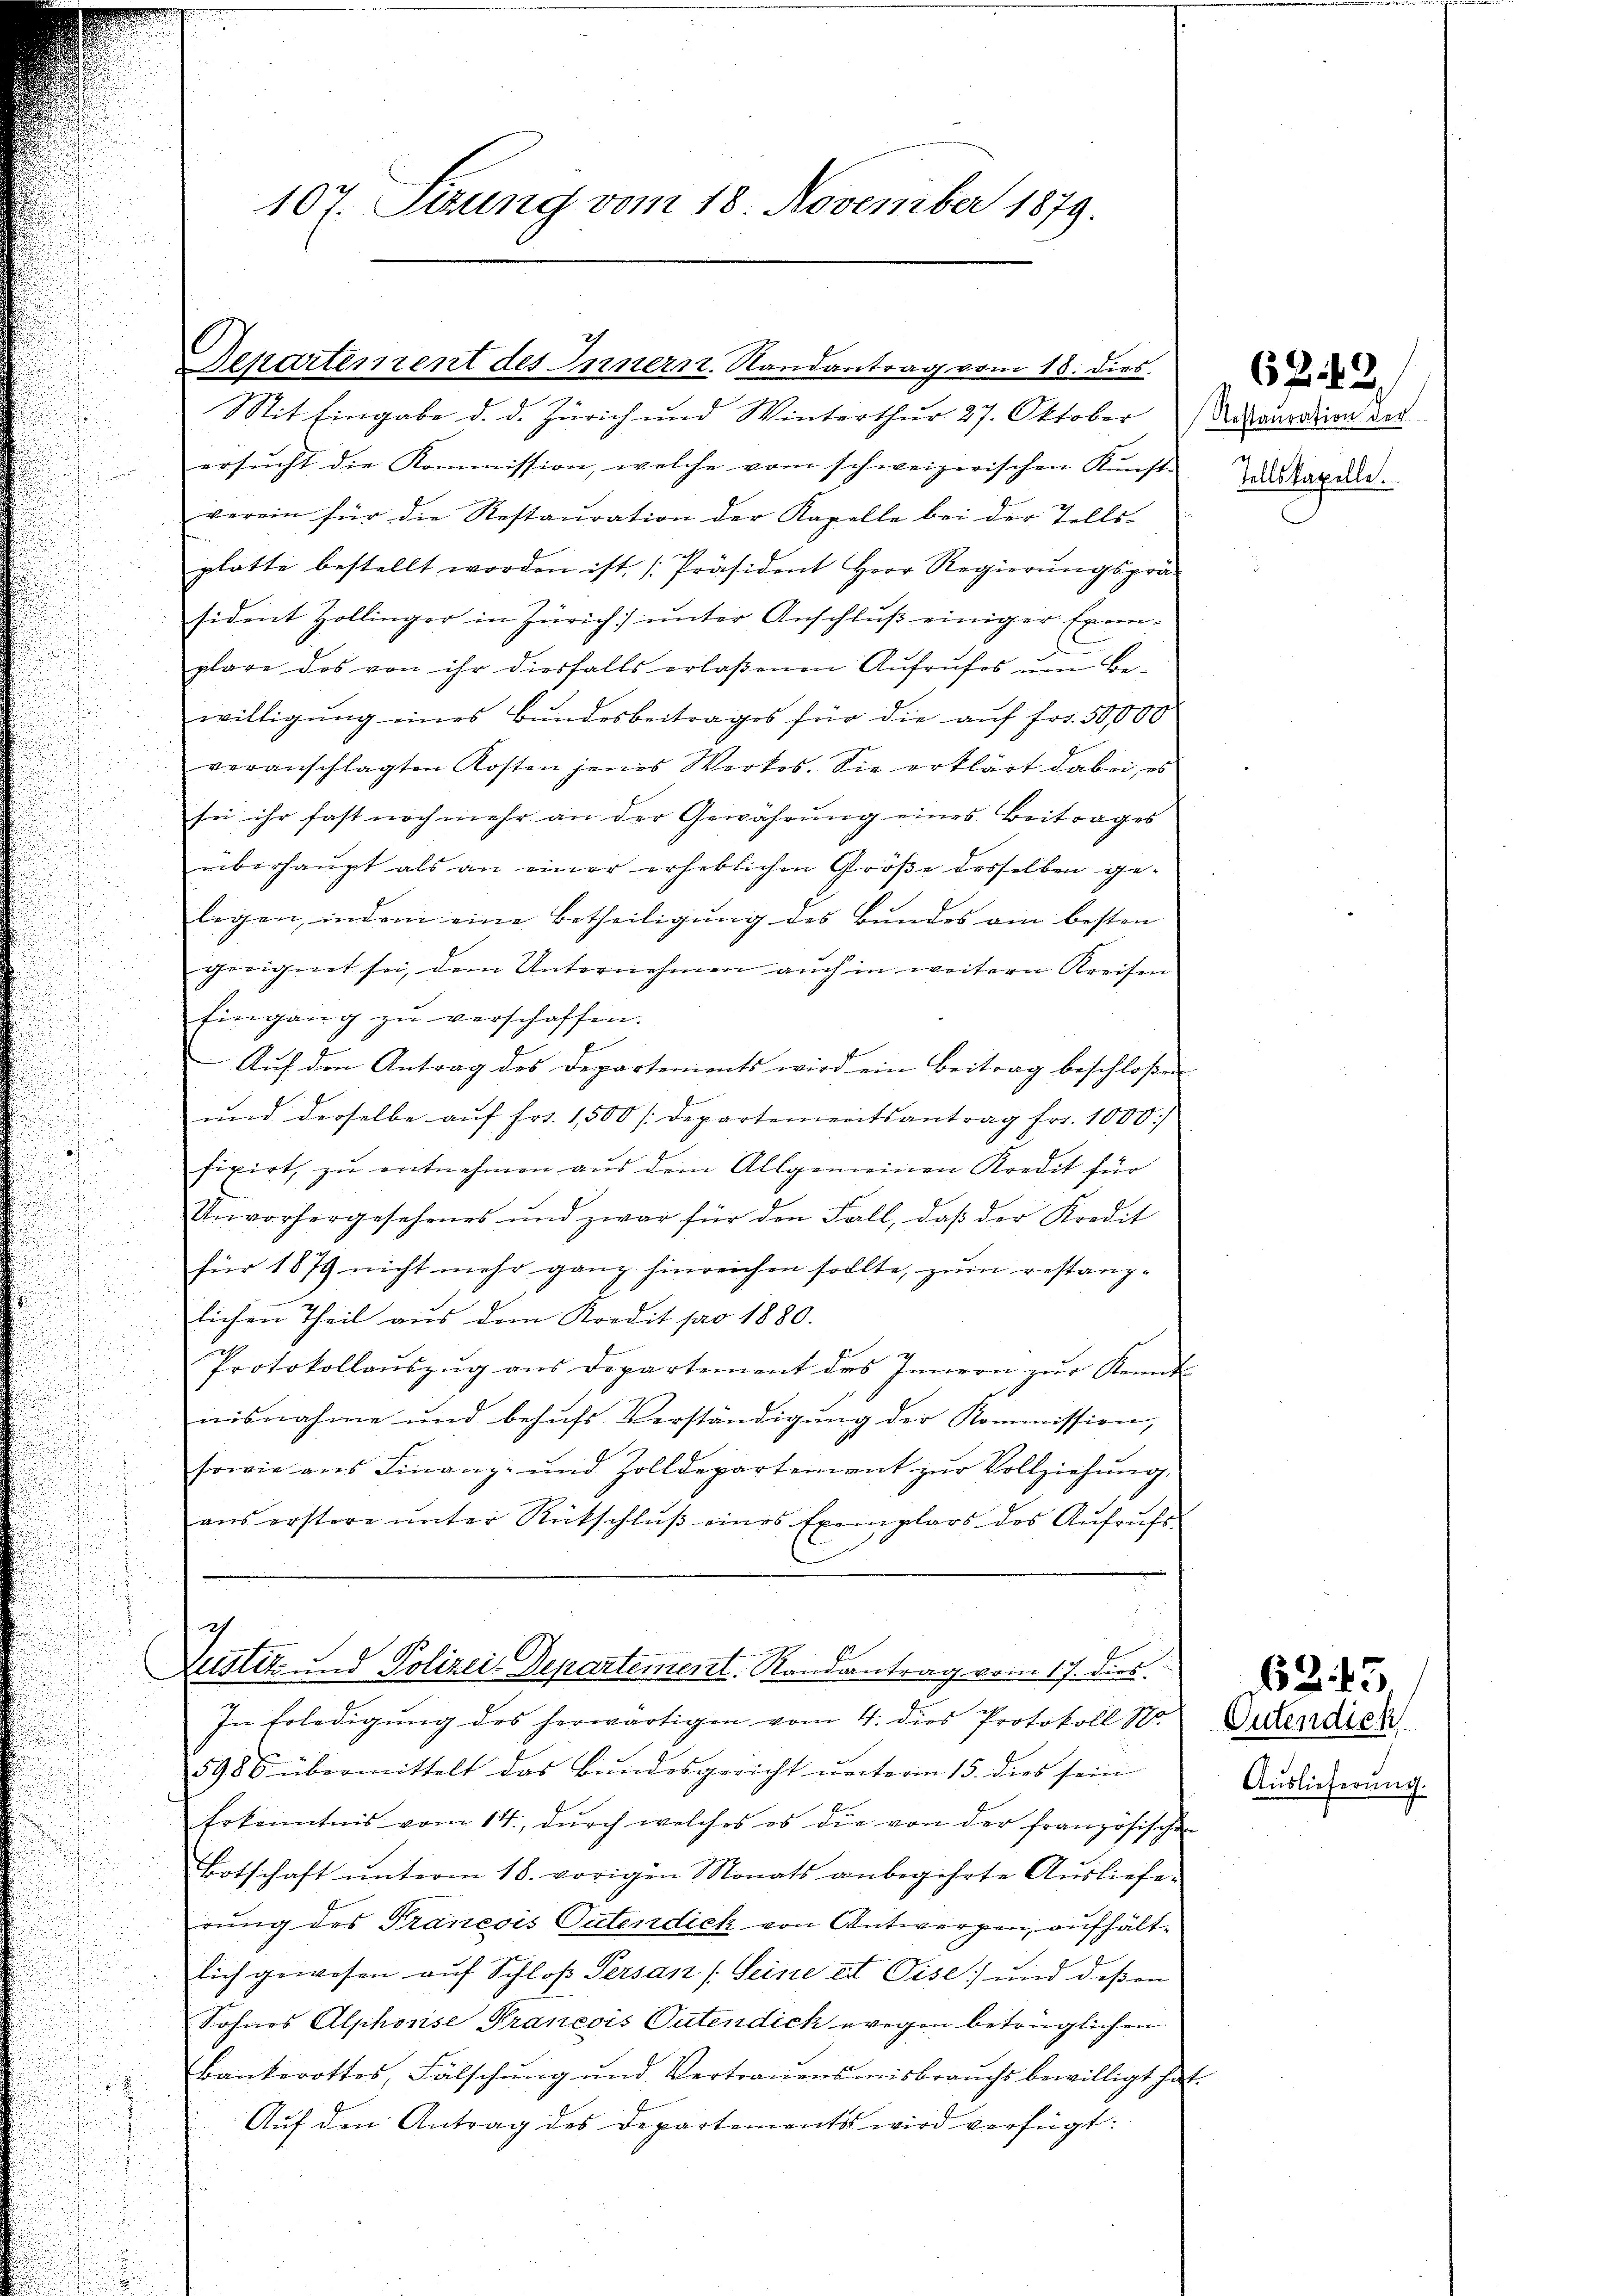
107. Sitzung vom 18. November 1879.

ersucht die Kommission, welche vom schweizerischen Kunst-
verein für die Restauration der Kapelle bei der Tells-
plätte bestellt worden ist [Präsident Herr Regierŭngsprä-
sident Zollinger in Zürich ŭnter Anschlŭβ einiger Exem-
plare des von ihr diesfalls erlaßenen Aufrufes um Be-
willigŭng eines Bundesbeitrages für die aŭf fr. 50,000
veranschlagten Kosten jenes Werkes. Sie erklärt dabei, es
sei ihr fast noch mehr an der Gewährung eines Beitrages
überhaupt als an einer erheblichen Größe desselben gelegen, indem eine Betheiligung des Bundes am besten
geeignet sei, dem Unternehmen auch in weitern Kreisen
Eingang zŭ verschaffen.
Aŭf den Antrag des Departements wird ein Beitrag beschloßen
.
und derselbe aŭf fr. 1500 [departementsantrag fr. 1000
fixirt, zu entnehmen aus dem Allgemeinen Kredit für
Unvorhergesehenes und zwar für den Fall, daβ der Kredit
für 1879 nicht mehr ganz hinreichen sollte, zum restanzlichen Theil aus dem Kredit pro 1880.
u
h
Protokollaŭszŭg ans Departement des Innern zŭr Kennt
u
nisnahme und behufs Verständigung der Kommission,
sowie ans Finanz- und Zolldepartement zŭr Vollziehŭng.
ans erstere ŭnter Rückschlŭβ eines Exemplars des Aufrufs-

Departerrent des Innern. Randantrag vom 18. dies
Mit Eingabe d. d. Zürich und Winterthur. 27. Oktober

ch
.
Justiz und Polizei-Departement. Randantrag vom 17. dies

Testauration der
Tellskapelle.

In Erledigŭng des herwärtigen vom 4. dies Protokoll S.
5986 übermittelt das Bŭndesgericht ŭnterm 15. dies sein
Erkenntnis vom 14., durch welches es die von der französischen
Botschaft ŭnterm 16. vorigen Monats anbegehrte Ausliefe-
rung des Tranesis Patendick von Antwerfen, aufhältlich gewesen auf Schloß Persan (Seine et Vise) und deßen
Sohnes Alphonse Praneois Tutendick wegen betrüglichen
Bankerottes, Fälschung und Vertrauensmisbrauchs bewilligt hat.
Auf den Antrag des Departements wird verfügt:

62. 43

Outendick
Auslieferŭng.

62. 43.